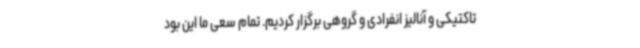
تاکتیکی و آنالیز انفرادی و گروهی برگزار کردیم. تمام سعی ما این بود